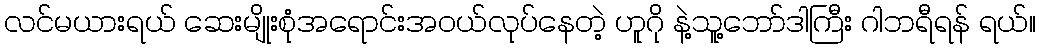
လင်မယားရယ် ဆေးမျိုးစုံအရောင်းအဝယ်လုပ်နေတဲ့ ဟူဂို နဲ့သူ့ဘော်ဒါကြီး ဂါဘရီရန် ရယ်။